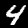
Digit: 4